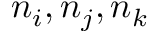
n _ { i } , n _ { j } , n _ { k }